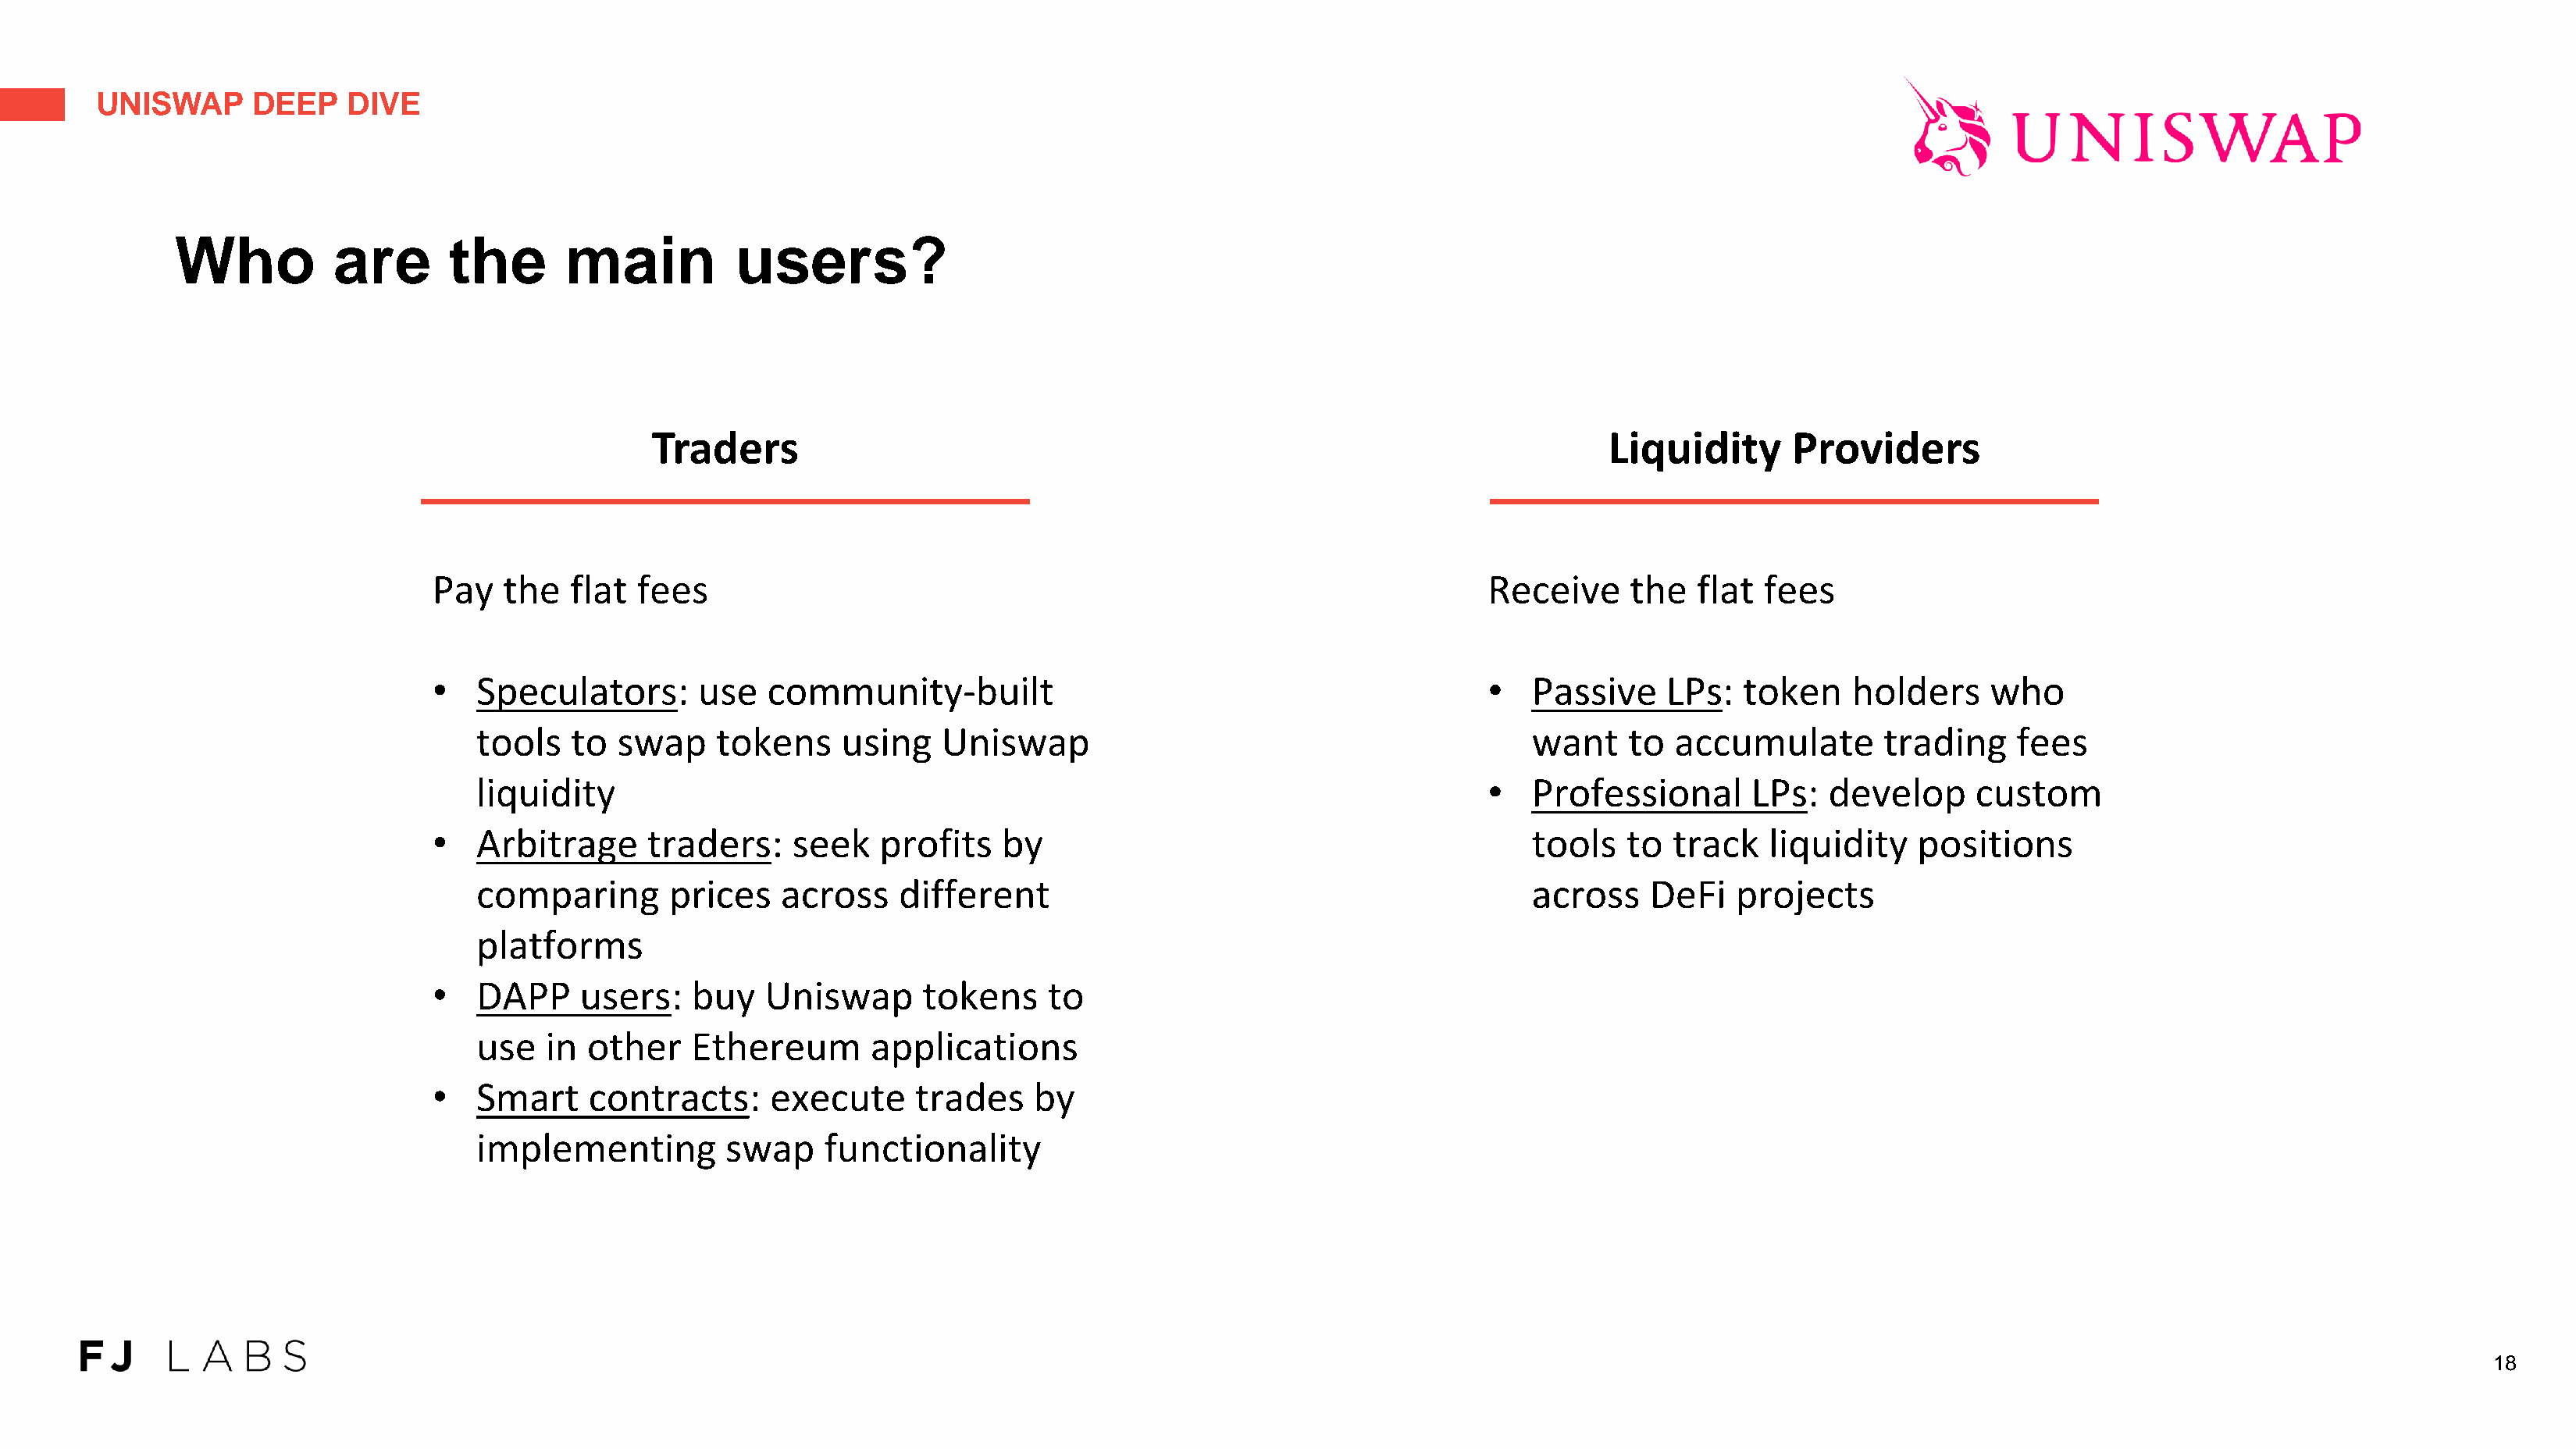
UNISWAP      DEEP    DIVE
 Who          are       the       main          users?
 Traders                                                                          Liquidity       Providers
 Pay   the  flat  fees                                                                    Receive     the   flat fees
 •  Speculators:       use   community-built                                              •   Passive    LPs:   token    holders     who
 tools   to  swap     tokens    using    Uniswap                                           want    to  accumulate        trading    fees
 liquidity                                                                             •   Professional      LPs:   develop     custom
 •  Arbitrage      traders:    seek    profits   by                                           tools   to  track   liquidity    positions
 comparing        prices   across    different                                             across    DeFi   projects
 platforms
 •  DAPP     users:    buy   Uniswap      tokens     to
 use   in  other    Ethereum       applications
 •  Smart     contracts:     execute      trades    by
 implementing         swap     functionality
 18